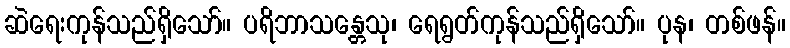
ဆဲရေးကုန်သည်ရှိသော်။ ပရိဘာသန္တေသု၊ ရေရွတ်ကုန်သည်ရှိသော်။ ပုန၊ တစ်ဖန်။